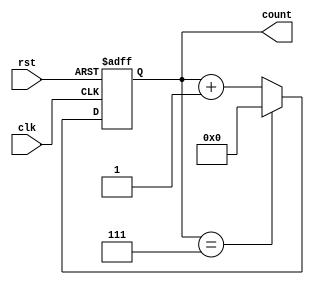
module mod_n_async_counter #(parameter N = 8) (
    input wire clk,            // Clock signal
    input wire rst,            // Asynchronous reset signal
    output reg [N-1:0] count   // Output count
);

    // Compute the number of bits required to represent N
    localparam NUM_BITS = $clog2(N);

    always @(posedge clk or posedge rst) begin
        if (rst) begin
            count <= 0;        // Reset the counter to 0
        end else begin
            if (count == (N - 1)) begin
                count <= 0;    // Wrap around logic
            end else begin
                count <= count + 1; // Increment the count
            end
        end
    end

endmodule